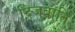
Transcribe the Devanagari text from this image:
द्जिबौति